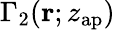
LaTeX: \Gamma_{2}\! \left(\mathbf{r};z_{\mathrm{ap}}\right)